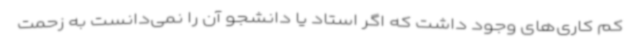
کم کاری‌های وجود داشت که اگر استاد یا دانشجو آن را نمی‌دانست به زحمت